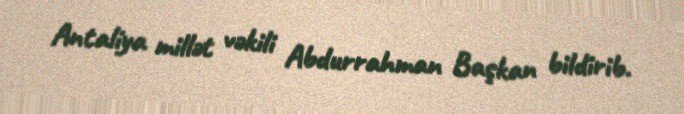
Antaliya millət vəkili Abdurrahman Başkan bildirib.